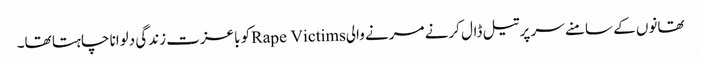
تھانوں کے سامنے سر پر تیل ڈال کرنے مرنے والیRape Victimsکو باعزت زندگی دلوانا چاہتا تھا۔